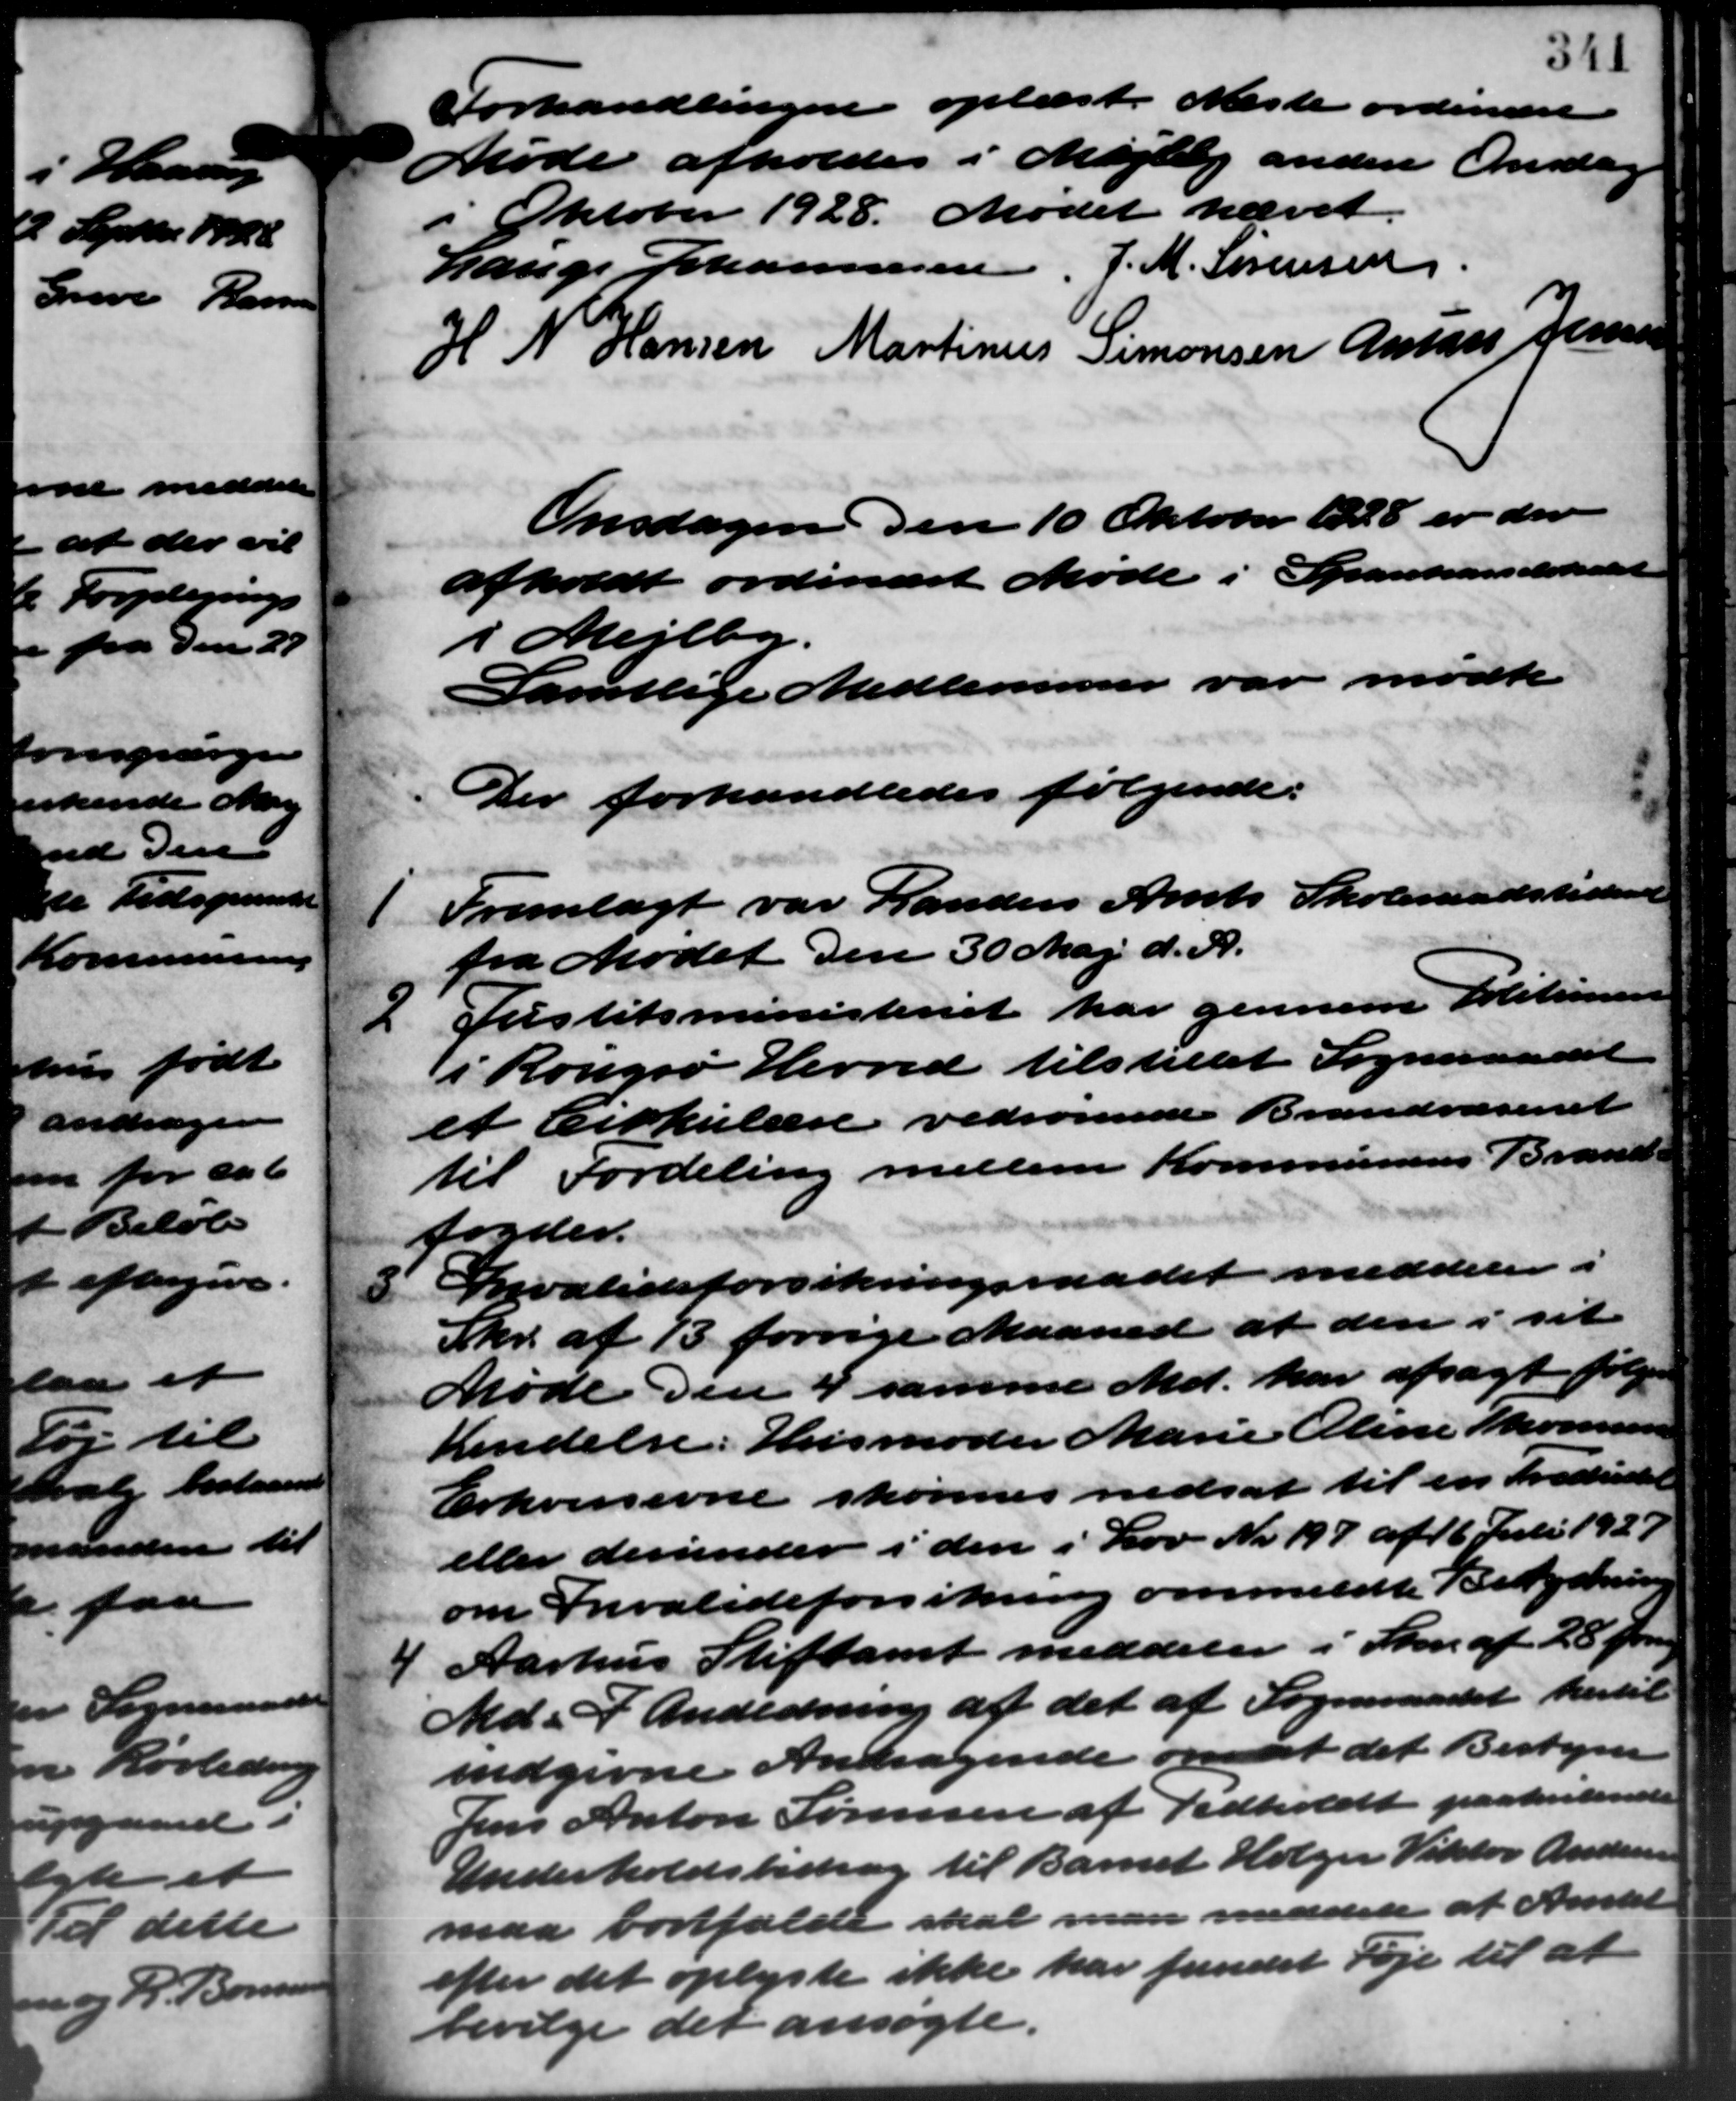
Transskription:
Forhandlingen oplæst. Næste ordinære
Møde afholdes i Mejlby anden Onsdag
i Oktober 1928. Mødet hævet.
Lauge Johannesen, J. M. Sørensen
H N Hansen Martinus Simonsen Antaas Jensen
0
Onsdagen den 10 Oktober 1928 er der
afholdt ordinært Møde i Sparekasselokalet
i Mejlby.
Samtlige Medlemmer var mødte
Der forhandledes følgende:
1 Fremlagt var Randers Amts Skoleraadstidende
1 Fremlagt var Randers Amts Skoleraadstidende
fra Mødet den 30 Maj d. A.
2 Justitsministeriet har gennem Politimen
2 Justitsministeriet har gennem Politimen
i Rougsø Herred tilstillet Sogneraadet
et Cirkulære vedrørende Brandvæsenet
til Fordeling mellem Kommunens Brand-
fogder.
8 Invalideforsikringsraadet meddeler i
8 Invalideforsikringsraadet meddeler i
Skr. af 13 forrige Maaned at den i sit
Møde den 4 samme Md. har afsagt følgen
Kendelse: Husmoder Marie Oline Thommunen
Erhvervsevne skønnes nedsat til en Fredriket
eller derunder i den i Lov Nr. 197 af 16 Juli 1927
om Invalideforsikring ommeldte Belysning
4
Aarhus Stiftamt meddeler i Skr. af 28 Jun
Md. I Anledning af det af Sogneraadet hertil
indgivne Andragende om at det Bestyrer
Jens Anton Sørensen af Vedholdt paahvilende
Underholdsbidrag til Barnet Holger Viktor Andersen
maa bortfalde skal man meddele at Amtet
efter det oplyste ikke har fundet Føje til at
bevilge det ansøgte.